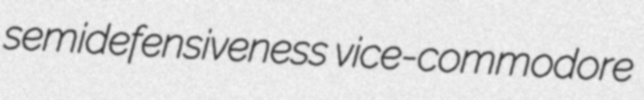
semidefensiveness vice-commodore